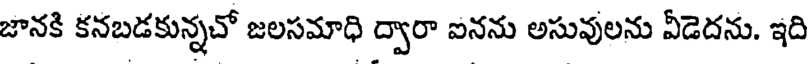
జానకి కనబడకున్నచో జలసమాధి ద్వారా ఐనను అసువులను వీడెదను. ఇది